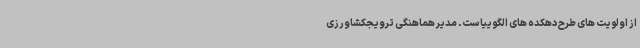
از اولویت های طرح دهکده های الگوییاست. مدیر هماهنگی ترویجکشاورزی